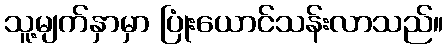
သူ့မျက်နှာမှာ ပြုံးယောင်သန်းလာသည်။